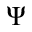
\Psi